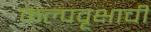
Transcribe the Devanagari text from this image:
कल्पवृक्षाची